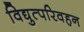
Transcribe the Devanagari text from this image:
विद्युत्परिवहन